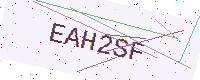
Text: EAH2SF